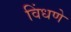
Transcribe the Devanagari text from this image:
विंधणे